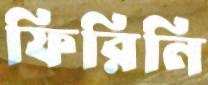
ফিরিনি